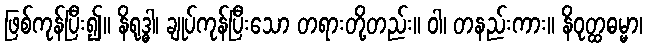
ဖြစ်ကုန်ပြီး၍။ နိရုဒ္ဓါ၊ ချုပ်ကုန်ပြီးသော တရားတို့တည်း။ ဝါ၊ တနည်းကား။ နိဝုတ္ထဓမ္မာ၊